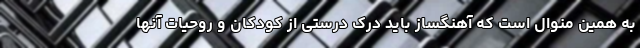
به همین منوال است که آهنگساز باید درک درستی از کودکان و روحیات آنها